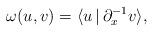
LaTeX: \begin{align*}\omega (u, v)= \langle u \, | \, \partial_x^{-1}v \rangle ,\end{align*}